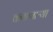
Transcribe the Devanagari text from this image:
कराणाऱ्या